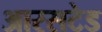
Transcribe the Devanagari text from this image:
आरसटेड